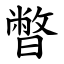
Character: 暼